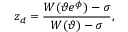
z _ { d } = \frac { W ( \vartheta e ^ { \phi } ) - \sigma } { W ( \vartheta ) - \sigma } ,